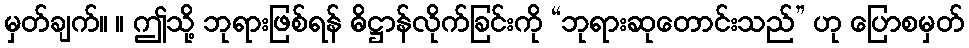
မှတ်ချက်။ ။ ဤသို့ ဘုရားဖြစ်ရန် ဓိဋ္ဌာန်လိုက်ခြင်းကို “ဘုရားဆုတောင်းသည်” ဟု ပြောစမှတ်